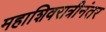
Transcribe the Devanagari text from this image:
महाशिवरात्रीनंतर